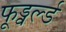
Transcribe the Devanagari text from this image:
फूड्वर्ल्ड